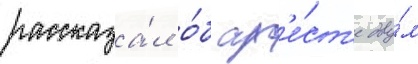
рассказа́л о́б ар'е́ст'е дву́м